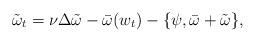
LaTeX: \begin{align*} \tilde \omega_t=\nu \Delta \tilde \omega - \bar \omega(w_t) - \{\psi, \bar \omega + \tilde \omega \},\end{align*}